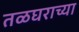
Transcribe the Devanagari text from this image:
तळघराच्या